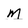
Character: m